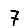
Digit: 7